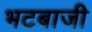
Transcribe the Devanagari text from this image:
भटबाजी